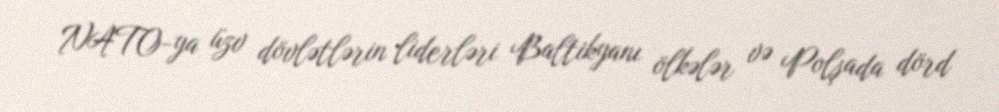
NATO-ya üzv dövlətlərin liderləri Baltikyanı ölkələr və Polşada dörd